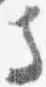
寺